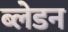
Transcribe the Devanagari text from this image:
ब्लेडन